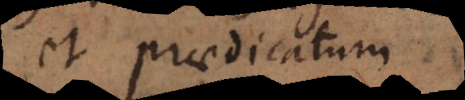
et praedicatum